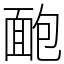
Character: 靤